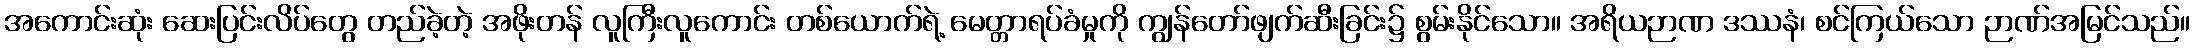
အကောင်းဆုံး ဆေးပြင်းလိပ်တွေ တည်ခဲ့တဲ့ အဖိုးတန် လူကြီးလူကောင်း တစ်ယောက်ရဲ့ မေတ္တာရပ်ခံမှုကို ကျွန်တော်ဖျက်ဆီးခြင်း၌ စွမ်းနိုင်သော။ အရိယဉာဏ ဒဿနံ၊ စင်ကြယ်သော ဉာဏ်အမြင်သည်။